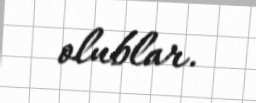
olublar.